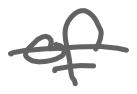
Text: of
Cross-out: single-line
Writing tool: digital_gray